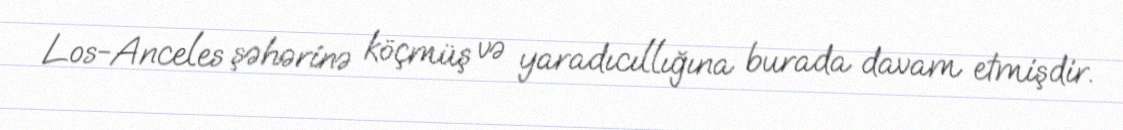
Los-Anceles şəhərinə köçmüş və yaradıcıllığına burada davam etmişdir.